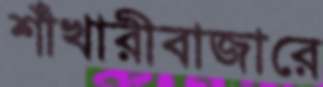
শাঁখারীবাজারে